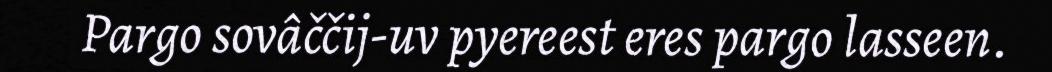
Pargo sovâččij-uv pyereest eres pargo lasseen.